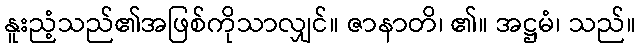
နူးညံ့သည်၏အဖြစ်ကိုသာလျှင်။ ဇာနာတိ၊ ၏။ အဋ္ဌမံ၊ သည်။